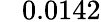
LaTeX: \phantom{-}0.0142